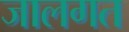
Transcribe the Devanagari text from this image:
जालगत